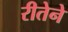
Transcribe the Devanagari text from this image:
रीतेने